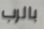
بالرب